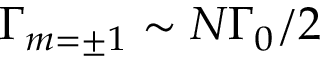
\Gamma _ { m = \pm 1 } \sim N \Gamma _ { 0 } / 2